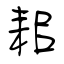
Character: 耜